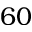
6 0